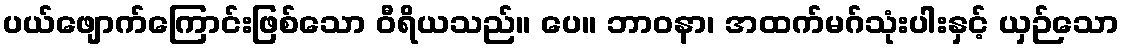
ပယ်ဖျောက်ကြောင်းဖြစ်သော ဝီရိယသည်။ ပေ။ ဘာဝနာ၊ အထက်မဂ်သုံးပါးနှင့် ယှဉ်သော